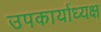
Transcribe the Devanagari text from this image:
उपकार्याध्यक्ष